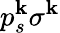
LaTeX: p_{s}^{\mathbf{k}}\sigma^{\mathbf{k}}